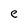
Character: e